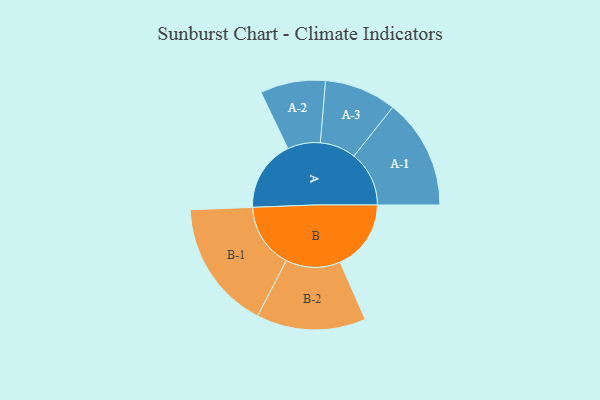
{"axis": {"x": "Segment", "y": "Value"}, "legend": ["", "A", "B"], "data": [{"x": "A", "y": 275, "type": ""}, {"x": "B", "y": 274, "type": ""}, {"x": "A-1", "y": 213, "type": "A"}, {"x": "A-2", "y": 126, "type": "A"}, {"x": "A-3", "y": 139, "type": "A"}, {"x": "B-1", "y": 250, "type": "B"}, {"x": "B-2", "y": 211, "type": "B"}]}